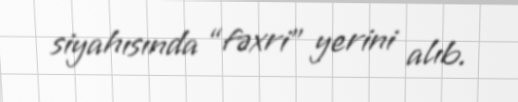
siyahısında “fəxri” yerini alıb.